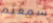
سمعتم